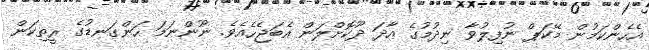
އެހެންކަމުން މޭކަޕް ނުފިލުވާ ނިދުމުގެ އާދަ ދޫކޮށްލަން އެބަޖެހެއެވެ. ނޫންނަމަ ހަންގަނޑުގެ ރީތިކަން